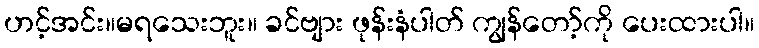
ဟင့်အင်း။မရသေးဘူး။ ခင်ဗျား ဖုန်းနံပါတ် ကျွန်တော့်ကို ပေးထားပါ။